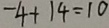
- 4 + 1 4 = 1 0